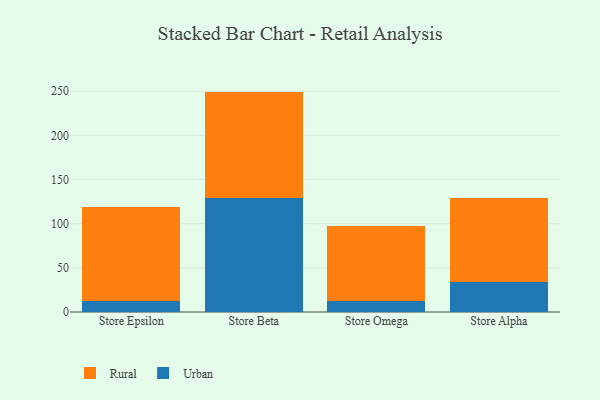
{"axis": {"x": "Store", "y": "Page Views"}, "legend": ["Rural", "Urban"], "data": [{"x": "Store Epsilon", "y": 12.6, "type": "Urban"}, {"x": "Store Epsilon", "y": 106.6, "type": "Rural"}, {"x": "Store Beta", "y": 129.2, "type": "Urban"}, {"x": "Store Beta", "y": 120.3, "type": "Rural"}, {"x": "Store Omega", "y": 12.1, "type": "Urban"}, {"x": "Store Omega", "y": 85.8, "type": "Rural"}, {"x": "Store Alpha", "y": 34.4, "type": "Urban"}, {"x": "Store Alpha", "y": 94.6, "type": "Rural"}]}